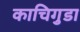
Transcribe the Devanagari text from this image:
काचिगुडा